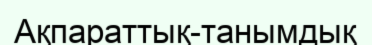
Ақпараттық-танымдық